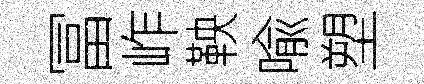
冨岞鞅喩塑